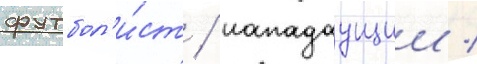
футбол'и́ст / нападаущии /